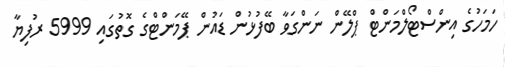
ހަމަހުގެ އިންސްޓޯލްމަންޓް ޕްލޭން ނަންގަވާ ބޭފުޅުން ޑައުން ޕޭމަންޓްގެ ގޮތުގައި 5999 ރުފިޔާ